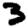
Digit: 3